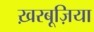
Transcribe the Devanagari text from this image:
ख़रबूज़िया